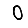
Digit: 0